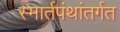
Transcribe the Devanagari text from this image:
स्मार्तपंथांतर्गत